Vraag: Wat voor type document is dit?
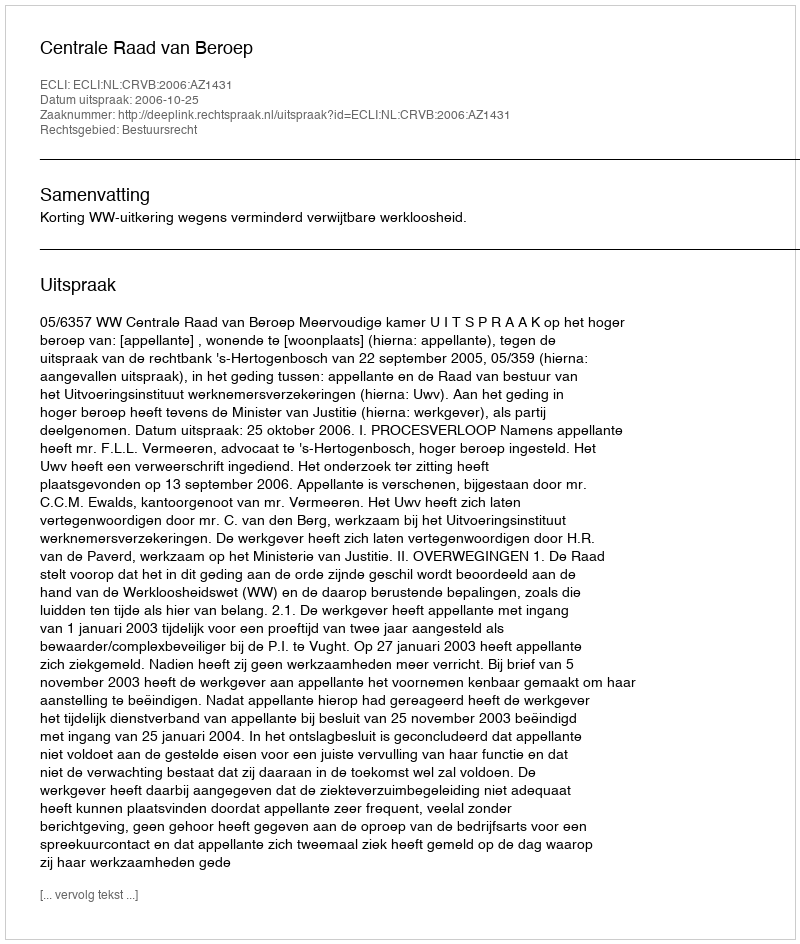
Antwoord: Uitspraak